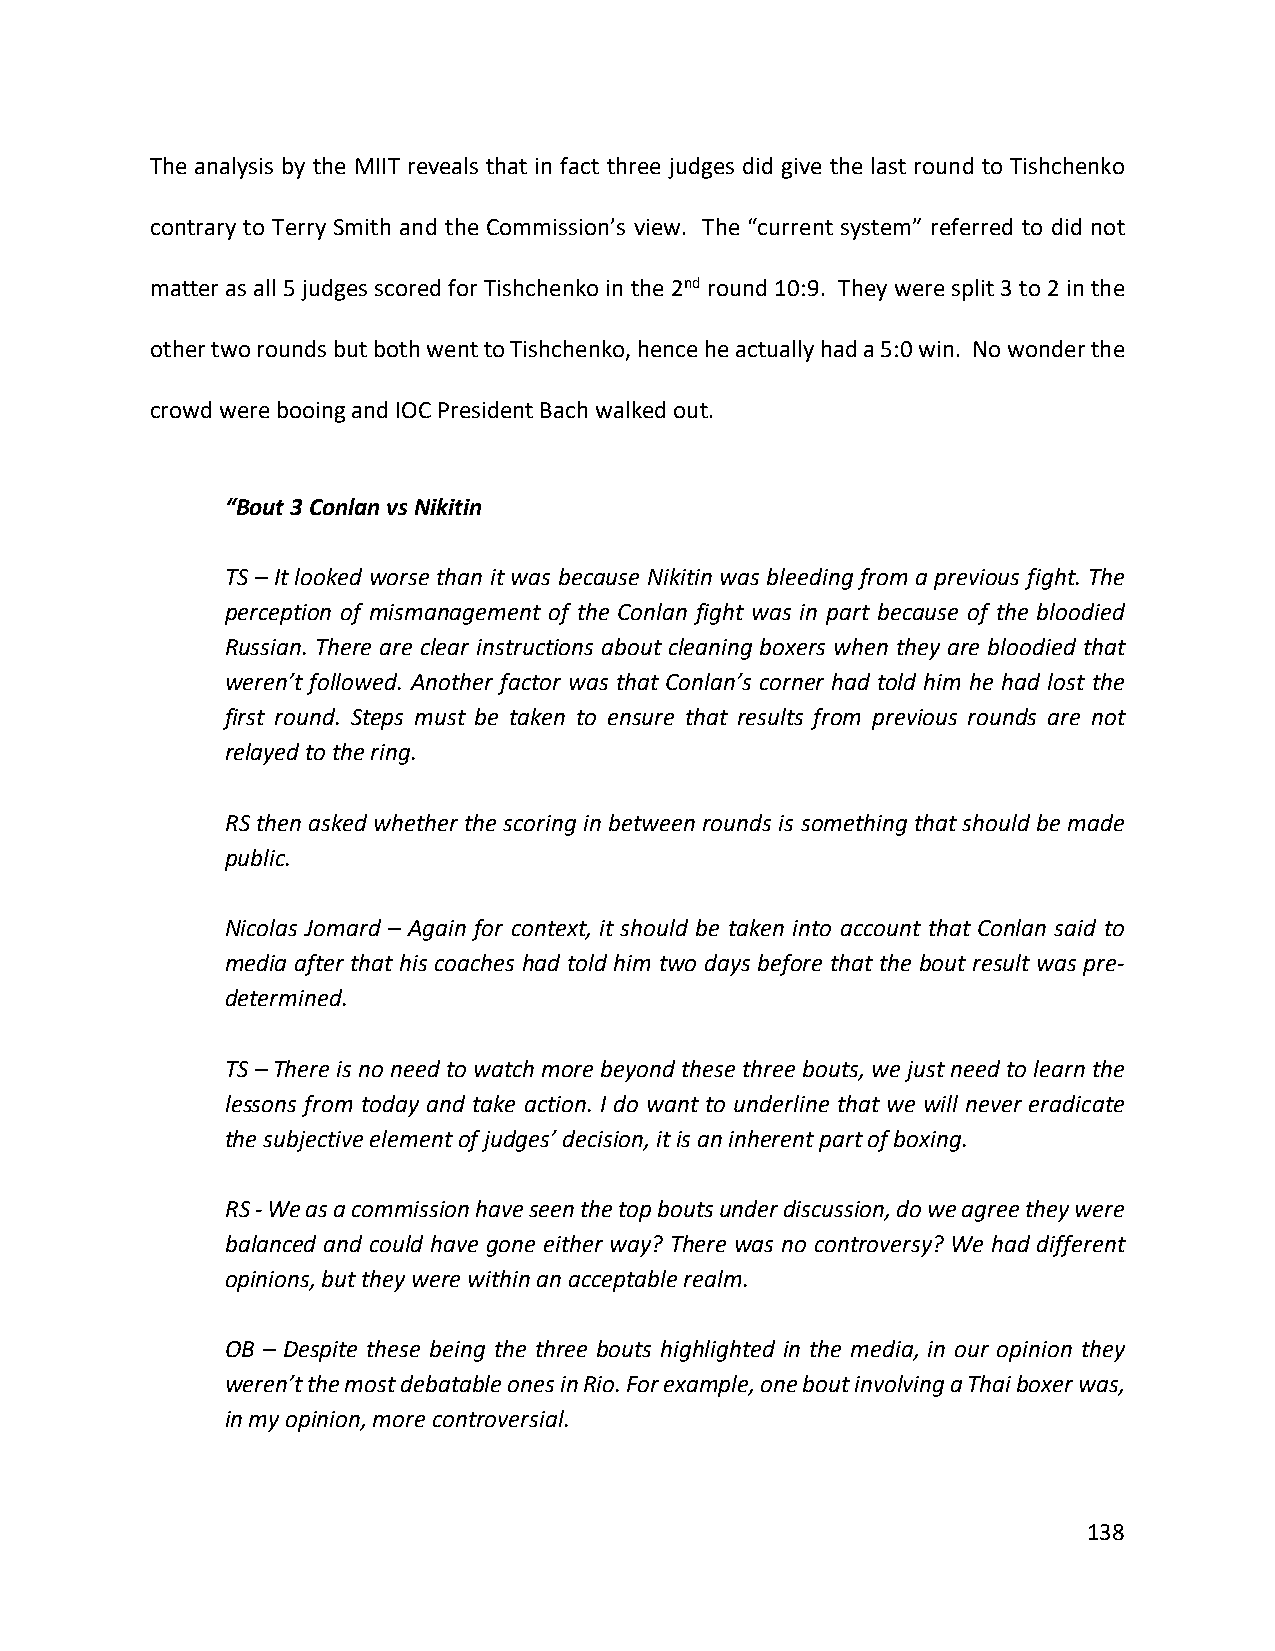
The analysis by the MIIT reveals that in fact three judges did give the last round to Tishchenko
 contrary to Terry Smith and the Commission’s view. The “current system” referred to did not
 matter as all 5 judges scored for Tishchenko in the 2nd round 10:9. They were split 3 to 2 in the
 other two rounds but both went to Tishchenko, hence he actually had a 5:0 win. No wonder the
 crowd were booing and IOC President Bach walked out.
 “Bout 3 Conlan vs Nikitin
 TS – It looked worse than it was because Nikitin was bleeding from a previous fight. The
 perception of mismanagement of the Conlan fight was in part because of the bloodied
 Russian. There are clear instructions about cleaning boxers when they are bloodied that
 weren’t followed. Another factor was that Conlan’s corner had told him he had lost the
 first round. Steps must be taken to ensure that results from previous rounds are not
 relayed to the ring.
 RS then asked whether the scoring in between rounds is something that should be made
 public.
 Nicolas Jomard – Again for context, it should be taken into account that Conlan said to
 media after that his coaches had told him two days before that the bout result was pre-
 determined.
 TS – There is no need to watch more beyond these three bouts, we just need to learn the
 lessons from today and take action. I do want to underline that we will never eradicate
 the subjective element of judges’ decision, it is an inherent part of boxing.
 RS - We as a commission have seen the top bouts under discussion, do we agree they were
 balanced and could have gone either way? There was no controversy? We had different
 opinions, but they were within an acceptable realm.
 OB – Despite these being the three bouts highlighted in the media, in our opinion they
 weren’t the most debatable ones in Rio. For example, one bout involving a Thai boxer was,
 in my opinion, more controversial.
 138